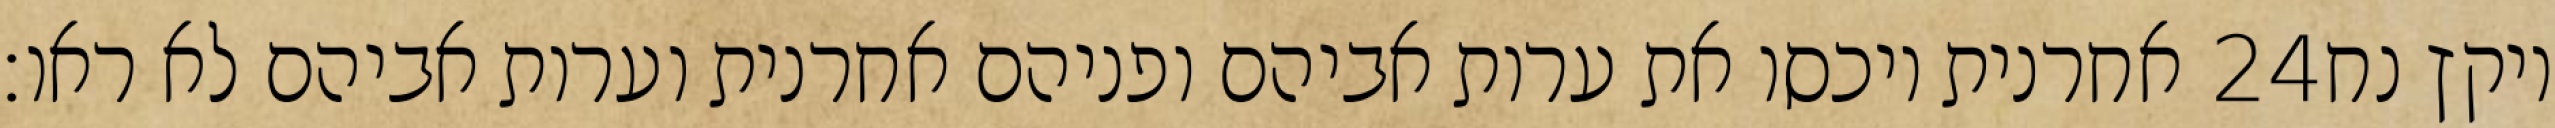
אחרנית ויכסו את ערות אביהם ופניהם אחרנית וערות אביהם לא ראו׃ ‎24‏ ויקץ נח